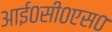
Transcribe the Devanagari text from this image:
आई०सी०एस०